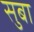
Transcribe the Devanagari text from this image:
सुबा